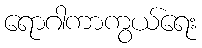
ရောဂါကာကွယ်ရေး